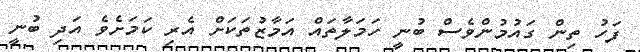
ފަހު ތިން ގައުމުންވެސް ބުނީ ހަމަލާތައް އަމާޒުތަކަށް އެރި ކަމަަށެވެ އަދި ބުނީ